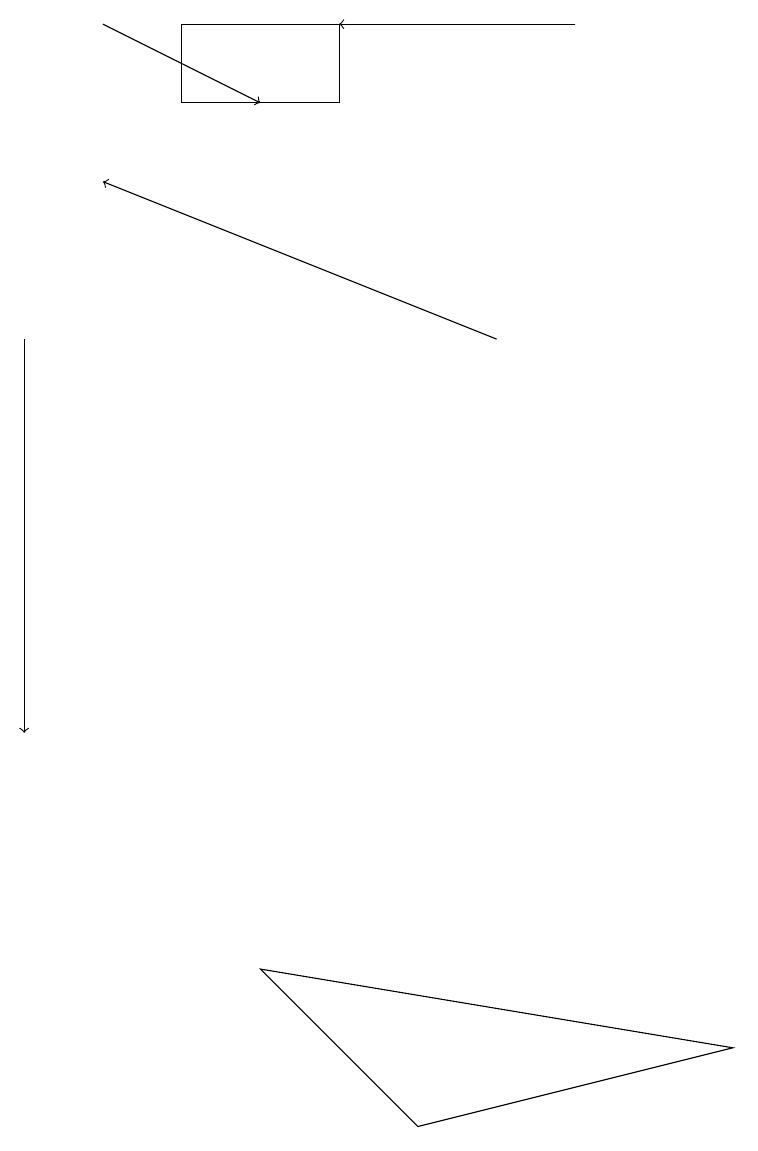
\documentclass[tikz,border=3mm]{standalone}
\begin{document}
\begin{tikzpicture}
\draw (5,5) -- (9,6) -- (3,7) -- cycle;
\draw[->] (1,19) -- (3,18);
\draw (4,19) rectangle (2,18);
\draw[->] (0,15) -- (0,10);
\draw[->] (6,15) -- (1,17);
\draw[->] (7,19) -- (4,19);
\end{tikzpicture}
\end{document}